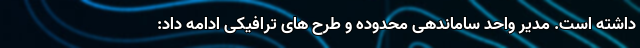
داشته است. مدیر واحد ساماندهی محدوده و طرح های ترافیکی ادامه داد: